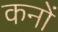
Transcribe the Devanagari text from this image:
कनों